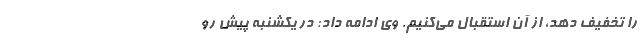
را تخفیف دهد، از آن استقبال می‌کنیم. وی ادامه داد: در یکشنبه پیش رو